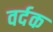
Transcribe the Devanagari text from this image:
वर्दक